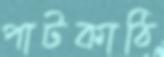
পাটকাঠি